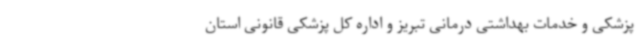
پزشکی و خدمات بهداشتی درمانی تبریز و اداره کل پزشکی قانونی استان